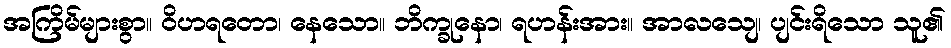
အကြိမ်များစွာ။ ဝိဟရတော၊ နေသော။ ဘိက္ခုနော၊ ရဟန်းအား။ အာလသျေ၊ ပျင်းရိသော သူ၏